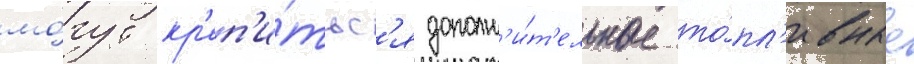
мо́гут кр'еп'и́тьс'я дополн'и́т'ельные то́пл'ивные